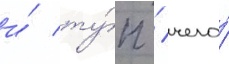
и́ ту́п / чего́